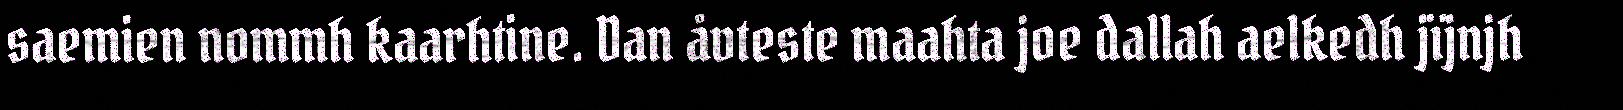
saemien nommh kaarhtine. Dan åvteste maahta joe dallah aelkedh jïjnjh